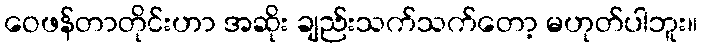
ဝေဖန်တာတိုင်းဟာ အဆိုး ချည်းသက်သက်တော့ မဟုတ်ပါဘူး။